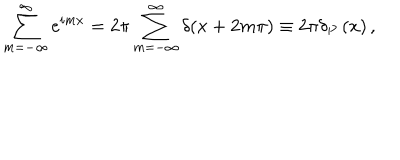
\sum _ { m = - \infty } ^ { \infty } e ^ { i m x } = 2 \pi \sum _ { m = - \infty } ^ { \infty } \delta ( x + 2 m \pi ) \equiv 2 \pi \delta _ { P } \left( x \right) ,